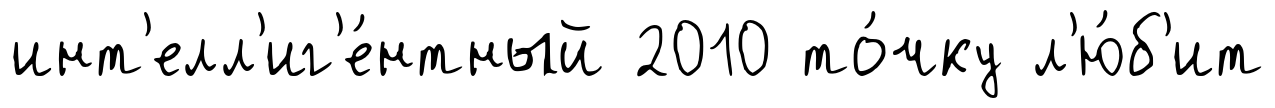
инт'елл'иг'е́нтный 2010 то́чку л'ю́б'ит